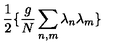
\frac { 1 } { 2 } \{ \frac { g } { N } \sum _ { n , m } \lambda _ { n } \lambda _ { m } \}